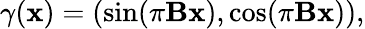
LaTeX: \gamma(\mathbf{x})=\left(\sin(\pi\mathbf{B}\mathbf{x}),\cos(\pi\mathbf{B}\mathbf{x})\right),